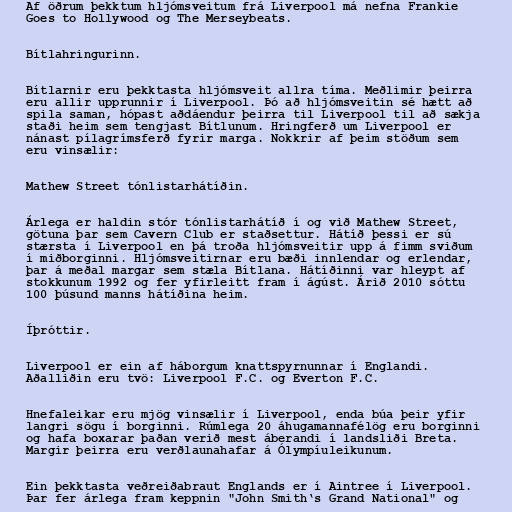
Af öðrum þekktum hljómsveitum frá Liverpool má nefna Frankie
Goes to Hollywood og The Merseybeats.

Bítlahringurinn.

Bítlarnir eru þekktasta hljómsveit allra tíma. Meðlimir þeirra
eru allir upprunnir í Liverpool. Þó að hljómsveitin sé hætt að
spila saman, hópast aðdáendur þeirra til Liverpool til að sækja
staði heim sem tengjast Bítlunum. Hringferð um Liverpool er
nánast pílagrímsferð fyrir marga. Nokkrir af þeim stöðum sem
eru vinsælir:

Mathew Street tónlistarhátíðin.

Árlega er haldin stór tónlistarhátíð í og við Mathew Street,
götuna þar sem Cavern Club er staðsettur. Hátíð þessi er sú
stærsta í Liverpool en þá troða hljómsveitir upp á fimm sviðum
í miðborginni. Hljómsveitirnar eru bæði innlendar og erlendar,
þar á meðal margar sem stæla Bítlana. Hátíðinni var hleypt af
stokkunum 1992 og fer yfirleitt fram í ágúst. Árið 2010 sóttu
100 þúsund manns hátíðina heim.

Íþróttir.

Liverpool er ein af háborgum knattspyrnunnar í Englandi.
Aðalliðin eru tvö: Liverpool F.C. og Everton F.C.

Hnefaleikar eru mjög vinsælir í Liverpool, enda búa þeir yfir
langri sögu í borginni. Rúmlega 20 áhugamannafélög eru borginni
og hafa boxarar þaðan verið mest áberandi í landsliði Breta.
Margir þeirra eru verðlaunahafar á Ólympíuleikunum.

Ein þekktasta veðreiðabraut Englands er í Aintree í Liverpool.
Þar fer árlega fram keppnin "John Smith‘s Grand National" og